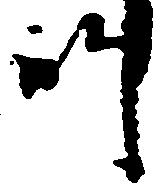
師